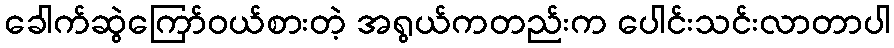
ခေါက်ဆွဲကြော်ဝယ်စားတဲ့ အရွယ်ကတည်းက ပေါင်းသင်းလာတာပါ